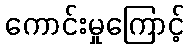
ကောင်းမှုကြောင့်